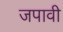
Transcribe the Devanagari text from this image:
जपावी